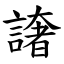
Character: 譇